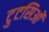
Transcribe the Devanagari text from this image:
टुटसिओं